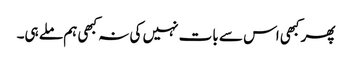
پھر کبھی اس سے بات نہیں کی نہ کبھی ہم ملے ہی۔